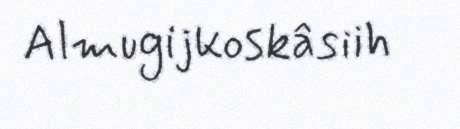
Almugijkoskâsiih